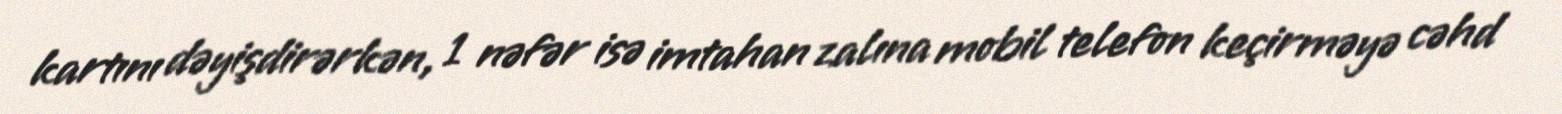
kartını dəyişdirərkən, 1 nəfər isə imtahan zalına mobil telefon keçirməyə cəhd